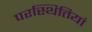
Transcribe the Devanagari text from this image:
परस्थितियां